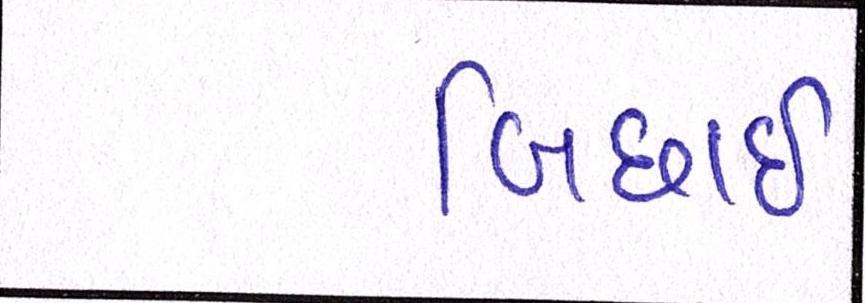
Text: બિછાઇ